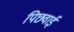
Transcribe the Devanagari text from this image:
पिछवाई